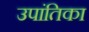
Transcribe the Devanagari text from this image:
उपांतिका